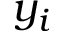
y _ { i }